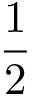
\frac 1 2